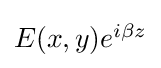
{\textstyle E(x,y)e^{i\beta z}}